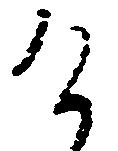
け